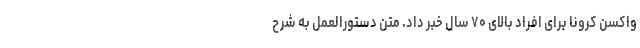
واکسن کرونا برای افراد بالای ۷۰ سال خبر داد. متن دستورالعمل به شرح